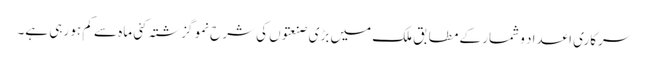
سرکاری اعداد و شمار کے مطابق ملک میں بڑی صنعتوں کی شرح نمو گزشتہ کئی ماہ سے کم ہو رہی ہے۔